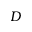
D